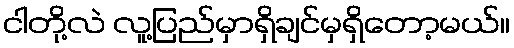
ငါတို့လဲ လူ့ပြည်မှာရှိချင်မှရှိတော့မယ်။